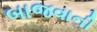
બાજવાની